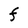
Character: F